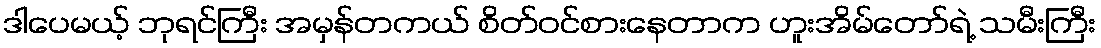
ဒါပေမယ့် ဘုရင်ကြီး အမှန်တကယ် စိတ်ဝင်စားနေတာက ဟူးအိမ်တော်ရဲ့ သမီးကြီး